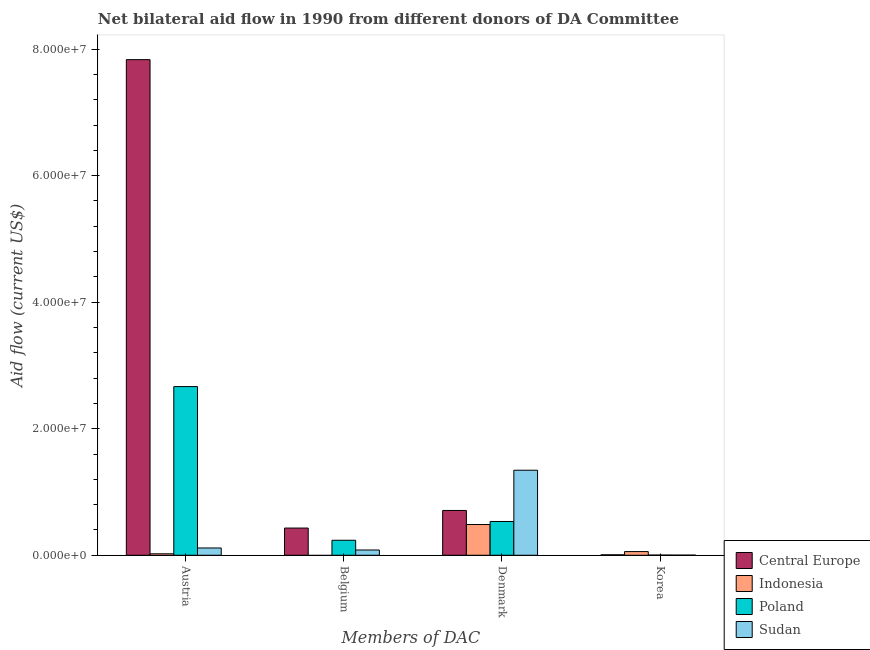
| Members of DAC | Central Europe | Indonesia | Poland | Sudan |
 | --- | --- | --- | --- | --- |
 | Austria | 7.83e+07 | 2.3e+05 | 2.67e+07 | 1.15e+06 |
 | Belgium | 4.3e+06 | -1.59e+06 | 2.37e+06 | 8.3e+05 |
 | Denmark | 7.08e+06 | 4.86e+06 | 5.34e+06 | 1.34e+07 |
 | Korea | 7e+04 | 5.8e+05 | 3e+04 | 2e+04 |